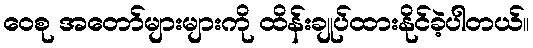
ဝေစု အတော်များများကို ထိန်းချုပ်ထားနိုင်ခဲ့ပါတယ်။